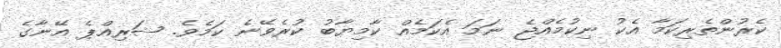
ކެރުންތެރިކަމާ އެކު ނިކުމެއްޖެ ނަމަ އެކަމެއް ކާމިޔާބު ކުރެވޭނެ ކަމެވެ. ޝަރިއްޕެ އޭނާގެ